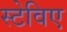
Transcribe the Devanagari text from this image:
स्टेविए